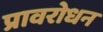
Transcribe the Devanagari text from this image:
प्रावरोधन